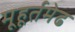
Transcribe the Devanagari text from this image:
मूहूर्तमेढ